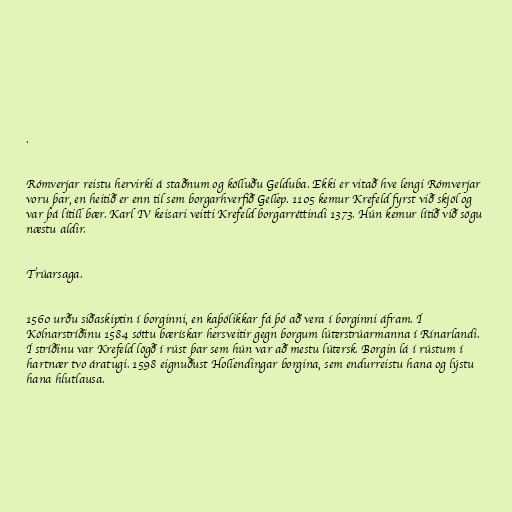
.

Rómverjar reistu hervirki á staðnum og kölluðu Gelduba. Ekki er vitað hve lengi Rómverjar
voru þar, en heitið er enn til sem borgarhverfið Gellep. 1105 kemur Krefeld fyrst við skjöl og
var þá lítill bær. Karl IV keisari veitti Krefeld borgarréttindi 1373. Hún kemur lítið við sögu
næstu aldir.

Trúarsaga.

1560 urðu siðaskiptin í borginni, en kaþólikkar fá þó að vera í borginni áfram. Í
Kölnarstríðinu 1584 sóttu bærískar hersveitir gegn borgum lúterstrúarmanna í Rínarlandi.
Í stríðinu var Krefeld lögð í rúst þar sem hún var að mestu lútersk. Borgin lá í rústum í
hartnær tvo áratugi. 1598 eignuðust Hollendingar borgina, sem endurreistu hana og lýstu
hana hlutlausa.